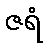
ဇရံ